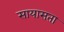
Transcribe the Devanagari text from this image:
सायासता